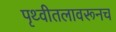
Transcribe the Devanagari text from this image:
पृथ्वीतलावरूनच